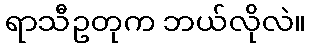
ရာသီဥတုက ဘယ်လိုလဲ။